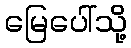
မြေပေါ်သို့